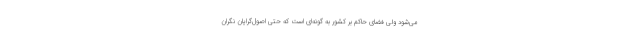
می‌شود ولی فضای حاکم بر کشور به گونه‌ای است که حتی اصول‌گرایان نگران